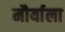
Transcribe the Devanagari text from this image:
मौर्याला